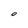
Character: O